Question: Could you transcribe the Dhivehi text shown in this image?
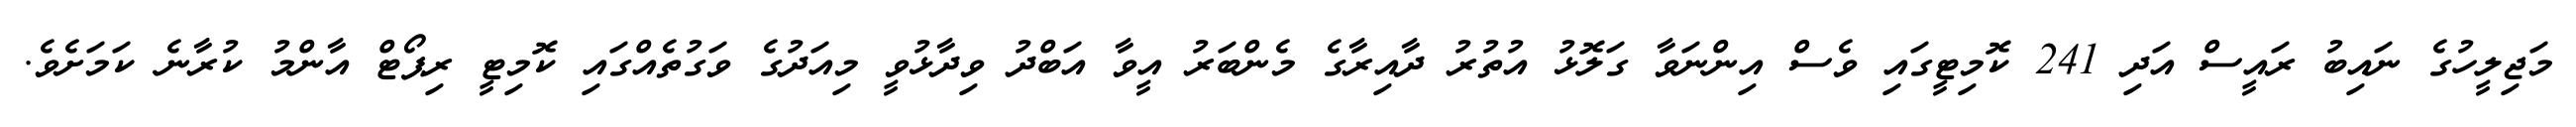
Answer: މަޖިލީހުގެ ނައިބު ރައީސް އަދި 241 ކޮމިޓީގައި ވެސް އިންނަވާ ގަލޮޅު އުތުރު ދާއިރާގެ މެންބަރު އީވާ އަބްދު ވިދާޅުވީ މިއަދުގެ ވަގުތެއްގައި ކޮމިޓީ ރިޕޯޓް އާންމު ކުރާނެ ކަމަށެވެ.